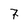
Character: 7